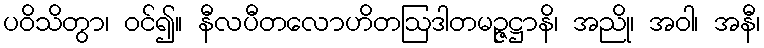
ပဝိသိတွာ၊ ဝင်၍။ နီလပီတလောဟိတဩဒါတမဉ္ဇဋ္ဌာနိ၊ အညို၊ အဝါ၊ အနီ၊